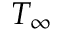
T _ { \infty }